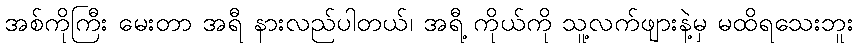
အစ်ကိုကြီး မေးတာ အရီ နားလည်ပါတယ်၊ အရီ့ ကိုယ်ကို သူ့လက်ဖျားနဲ့မှ မထိရသေးဘူး